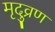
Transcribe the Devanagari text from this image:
मृदुव्रण